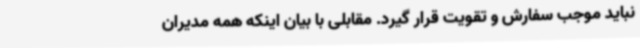
نباید موجب سفارش و تقویت قرار گیرد. مقابلی با بیان اینکه همه مدیران